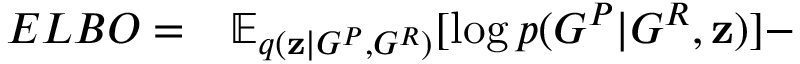
\begin{array} { r l } { E L B O = } & { { } \mathbb { E } _ { q ( \mathbf { z } | G ^ { P } , G ^ { R } ) } [ \log p ( G ^ { P } | G ^ { R } , \mathbf { z } ) ] - } \end{array}